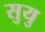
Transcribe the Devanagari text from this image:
सुयु